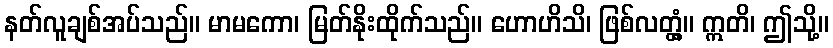
နတ်လူချစ်အပ်သည်။ မာမကော၊ မြတ်နိုးထိုက်သည်။ ဟောဟိသိ၊ ဖြစ်လတ္တံ့။ ဣတိ၊ ဤသို့။